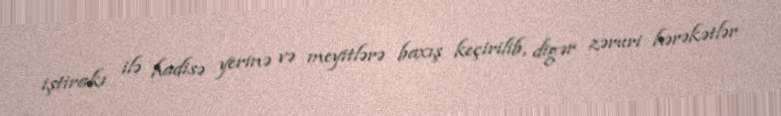
iştirakı ilə hadisə yerinə və meyitlərə baxış keçirilib, digər zəruri hərəkətlər